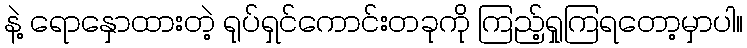
နဲ့ ရောနှောထားတဲ့ ရုပ်ရှင်ကောင်းတခုကို ကြည့်ရှုကြရတော့မှာပါ။